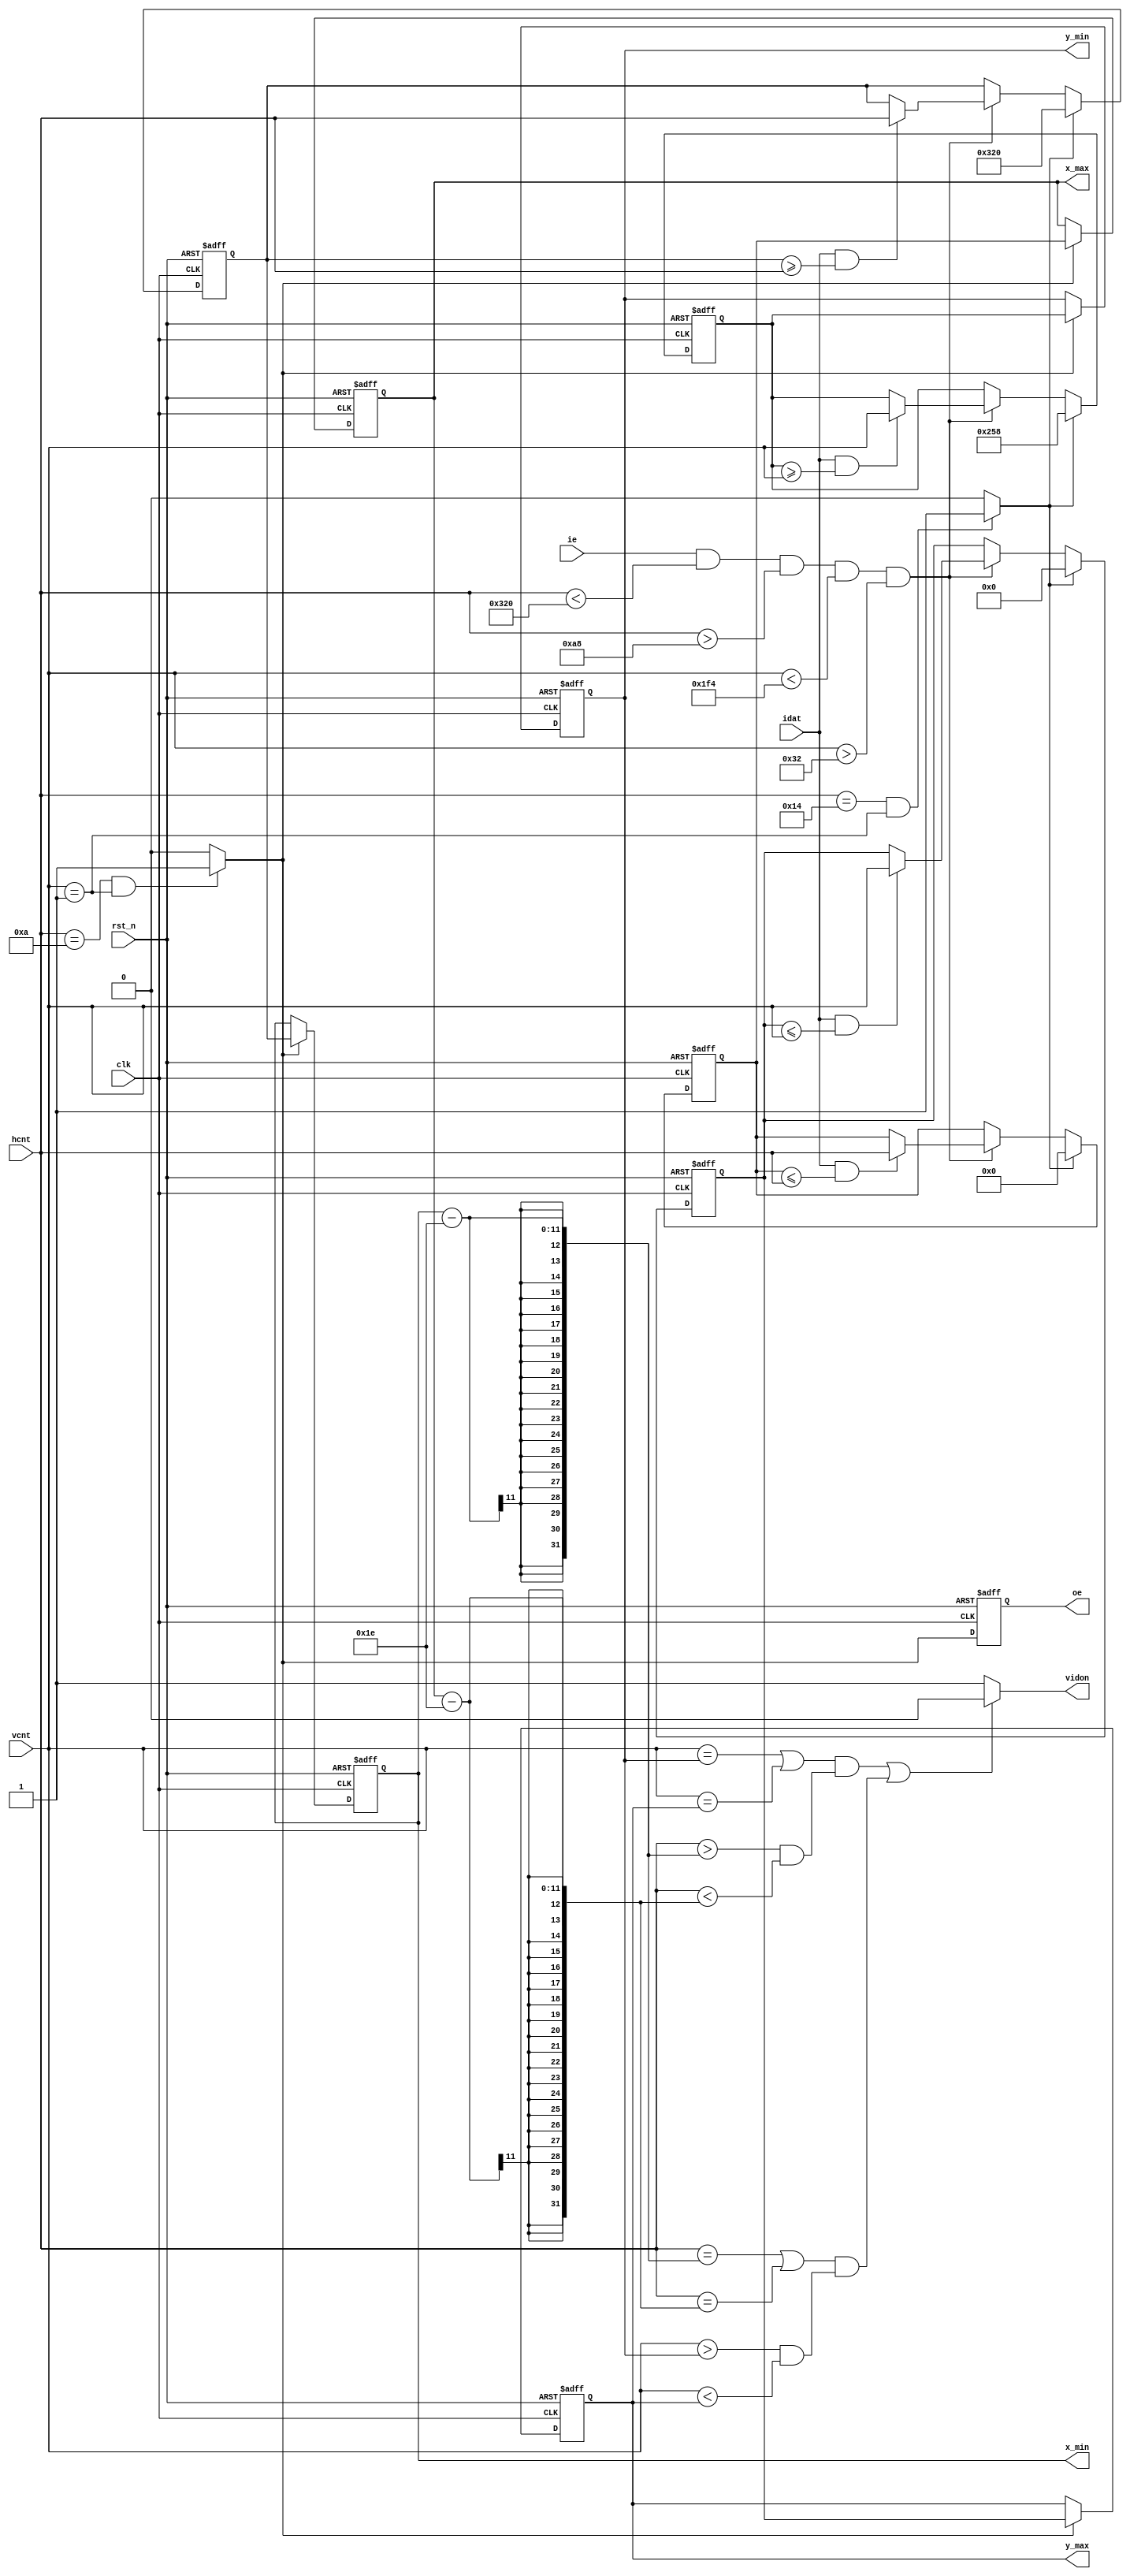
module position(
	input 				clk ,
	input 				rst_n,
	input				ie,			//
	input 		[10:0]	hcnt,
	input 		[9:0]	vcnt,
	input				idat,		//
	
	output reg 			oe,			//
	output 				vidon,		//
	output reg [10:0]	x_max,		//
	output reg [10:0]	x_min,
	output reg [9:0]	y_max,
	output reg [9:0]	y_min
);
reg [9:0] y_maxr;
reg [10:0] x_maxr;
reg [9:0] y_minr;
reg [10:0] x_minr;

 (* KEEP="TRUE"*)  wire comp_tc ;//
assign comp_tc = (hcnt==10 && vcnt ==1)? 1'b1:1'b0;
 (* KEEP="TRUE"*)  wire comp_tc2 ;//
assign comp_tc2 = (hcnt==20 && vcnt ==1)? 1'b1:1'b0;
//assign comp_tc = (vga_vsync)? 1'b1:1'b0;
/******************************************************/
(*KEEP="TRUE"*) wire debug_xmaxr ;
assign debug_xmaxr = ((idat)&&(x_maxr <= hcnt)&& ie)? 1'b1 :1'b0 ;
always@(posedge clk or negedge rst_n)
begin
	if(!rst_n)
		x_maxr <= 0 ;
	else if(comp_tc2)
		x_maxr <= 0 ;
	else if(ie && hcnt < 800 && hcnt >168 && vcnt < 500 && vcnt > 50)begin
		if((idat)&&(x_maxr <= hcnt))
			x_maxr <= hcnt ;	
	end
end
(*KEEP="TRUE"*) wire [10:0] x_maxr2 =  x_maxr ;
(*KEEP="TRUE"*) wire debug_xminr ;
assign debug_xminr = ((idat)&&(x_minr >= hcnt)&& ie)? 1'b1 :1'b0 ;

always@(posedge clk or negedge rst_n)
begin
	if(!rst_n)
		x_minr <= 800 ;
	else if(comp_tc2)
		x_minr <= 800 ;
	else if(ie && hcnt < 800 && hcnt >168 && vcnt < 500 && vcnt > 50)begin
		if((idat)&&(x_minr >= hcnt))
			x_minr <= hcnt ;	
	end
end
(*KEEP="TRUE"*) wire [10:0] x_minr2 =  x_minr ;
/*****************************************/
(*KEEP="TRUE"*) wire debug_ymaxr ;
assign debug_ymaxr = ((idat)&&(y_maxr <= vcnt)&& ie)? 1'b1 :1'b0 ;
always@(posedge clk or negedge rst_n)
begin
	if(!rst_n)
		y_maxr <= 0 ;
	else if(comp_tc2)
		y_maxr <= 0 ;
	else if(ie && hcnt < 800 && hcnt >168 && vcnt < 500 && vcnt > 50)begin
		if((idat)&&(y_maxr <= vcnt))
			y_maxr <= vcnt ;
		else
			y_maxr <= y_maxr ;		
	end
end
(*KEEP="TRUE"*) wire [9:0] y_maxr2 =  y_maxr ;
(*KEEP="TRUE"*) wire debug_yminr ;
assign debug_yminr = ((idat)&&(y_minr >= vcnt)&& ie)? 1'b1 :1'b0 ;

always@(posedge clk or negedge rst_n)
begin
	if(!rst_n)
		y_minr <= 600 ;
	else if(comp_tc2)
		y_minr <= 600 ;
	else if(ie && hcnt < 800 && hcnt >168 && vcnt < 500 && vcnt > 50)begin
		if((idat)&&(y_minr >= vcnt))
			y_minr <= vcnt ;	
	end
end

 (*KEEP="TRUE"*) wire [9:0] y_minr2 =  y_minr ;
/*****************************************/
always@(posedge clk or negedge rst_n)
begin
	if(!rst_n)begin
		x_max <= 0 ;
		y_max <= 0 ;
		x_min <= 0 ;
		y_min <= 0 ;
	end
	else if(comp_tc)begin
		x_max <= x_maxr ;
		x_min <= x_minr ;
		y_max <= y_maxr ;
		y_min <= y_minr ;
	end
	else begin
		x_max <= x_max ;
		x_min <= x_min ;
		y_max <= y_max ;
		y_min <= y_min ;
	end
end

always@(posedge clk or negedge rst_n)
begin
	if(!rst_n)
		oe <= 0 ;
	else
		oe <= comp_tc ;
end

//30 
assign vidon = ((vcnt == y_min | vcnt == y_max)&&(((hcnt > x_min - 30))&((hcnt < x_max - 30))) ||
					 (hcnt == (x_min - 30) | hcnt == (x_max - 30))&&((vcnt > y_min)&(vcnt < y_max)) )? 1'b0 : 1'b1;
				 


endmodule